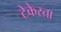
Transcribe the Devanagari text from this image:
टेकेस्ता